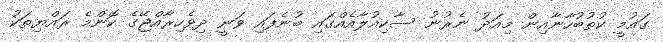
ގައުމީ ކުތުބުހާނާއިން މިއަދު ނެރުނު ސާކިއުލާއެއްގައި ބުނެފައި ވަނީ ދިވެހިރާއްޖޭގެ ކޮންމެ ރައްޔިތަކު